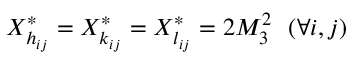
X _ { h _ { i j } } ^ { * } = X _ { k _ { i j } } ^ { * } = X _ { l _ { i j } } ^ { * } = 2 M _ { 3 } ^ { 2 } \ \ ( \forall i , j )